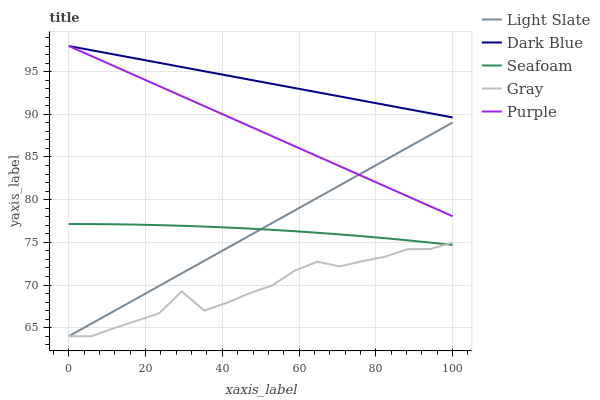
| xaxis_label | Light Slate | Dark Blue | Seafoam | Gray | Purple |
 | --- | --- | --- | --- | --- | --- |
 | 0 | 64 | 98 | 77.1 | 64 | 98 |
 | 5.88 | 65.5 | 97.5 | 77.1 | 64 | 96.8 |
 | 11.8 | 66.9 | 97 | 77.1 | 64.9 | 95.7 |
 | 17.6 | 68.4 | 96.5 | 77.1 | 65.8 | 94.5 |
 | 23.5 | 69.9 | 96 | 77 | 66.7 | 93.3 |
 | 29.4 | 71.4 | 95.5 | 76.9 | 69.3 | 92.1 |
 | 35.3 | 72.8 | 95 | 76.8 | 67 | 91 |
 | 41.2 | 74.3 | 94.6 | 76.7 | 67.9 | 89.8 |
 | 47.1 | 75.8 | 94.1 | 76.6 | 69 | 88.6 |
 | 52.9 | 77.3 | 93.6 | 76.5 | 69.9 | 87.4 |
 | 58.8 | 78.7 | 93.1 | 76.3 | 71.7 | 86.3 |
 | 64.7 | 80.2 | 92.6 | 76.1 | 72.7 | 85.1 |
 | 70.6 | 81.7 | 92.1 | 75.9 | 72.2 | 83.9 |
 | 76.5 | 83.1 | 91.6 | 75.7 | 72.8 | 82.7 |
 | 82.4 | 84.6 | 91.1 | 75.5 | 73.3 | 81.6 |
 | 88.2 | 86.1 | 90.6 | 75.2 | 74.2 | 80.4 |
 | 94.1 | 87.6 | 90.1 | 75 | 74.2 | 79.2 |
 | 100 | 89 | 89.6 | 74.7 | 75 | 78.1 |